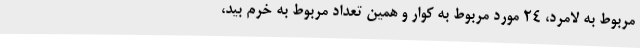
مربوط به لامرد، 24 مورد مربوط به کوار و همین تعداد مربوط به خرم بید،